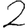
Digit: 2